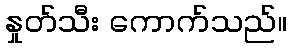
နှုတ်သီး ကောက်သည်။